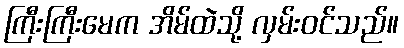
ကြီးကြီးမေက အိမ်ထဲသို့ လှမ်းဝင်သည်။